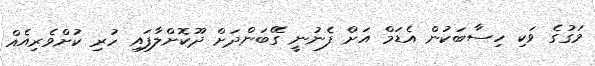
މަގުގެ ވަކި ހިސާބަކުން އެޑަމް އަށް ފެނުނީ ގޭބަންދަށް ދޫކޮށްލާފައި ހުރި ކުށްވެރިއެއް